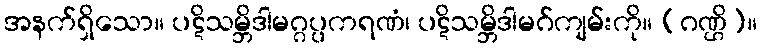
အနက်ရှိသော။ ပဋိသမ္ဘိဒါမဂ္ဂပ္ပကရဏံ၊ ပဋိသမ္ဘိဒါမဂ်ကျမ်းကို။ (ဂဏ္ဌိ)။